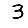
Digit: 3